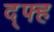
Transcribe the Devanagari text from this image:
द्फ्ह